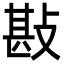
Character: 㪛